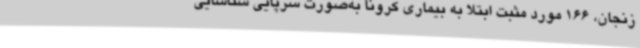
زنجان، 166 مورد مثبت ابتلا به بیماری کرونا به‌صورت سرپایی شناسایی